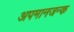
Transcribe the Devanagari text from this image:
अपमानजन्क